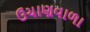
ઉચાણવાળા